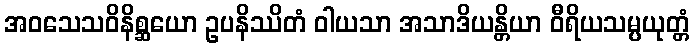
အဝသေသဝိနိစ္ဆယော ဥပနိဿိတံ ဝါယသာ အသာဒိယန္တိယာ ဝီရိယသမ္ပယုတ္တံ